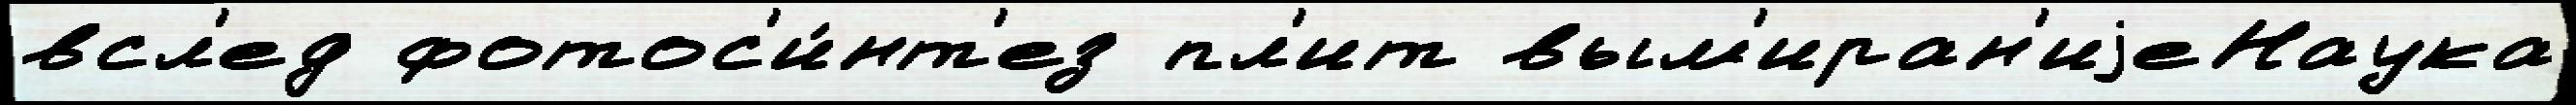
всл'ед фотос'и́нт'ез пл'ит вым'иран'иjеНаука